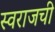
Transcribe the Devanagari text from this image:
स्वराजची